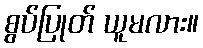
စွပ်ပြုတ် ယူမလား။